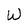
Character: W